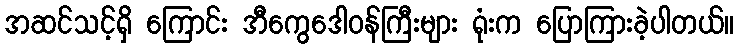
အဆင်သင့်ရှိ ကြောင်း အီကွေဒေါဝန်ကြီးများ ရုံးက ပြောကြားခဲ့ပါတယ်။